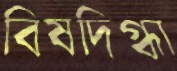
বিষদিগ্ধা